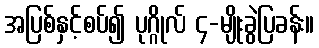
အပြစ်နှင့်စပ်၍ ပုဂ္ဂိုလ် ၄-မျိုးခွဲပြခန်း။